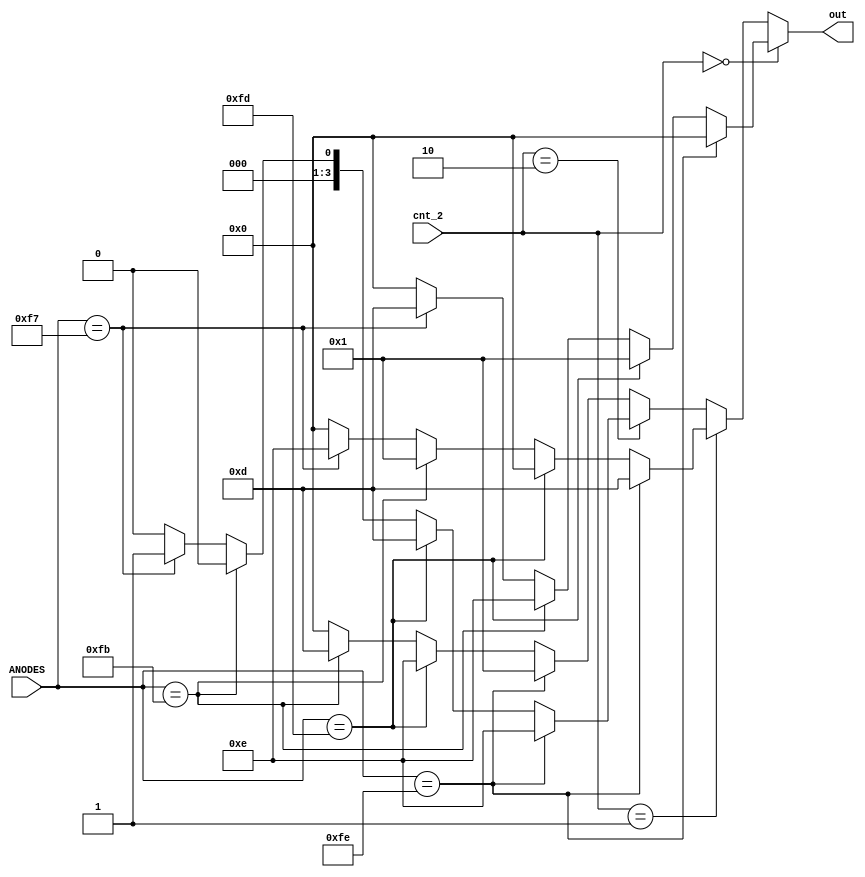
`timescale 1ns / 1ps

module decoder(ANODES, cnt_2, out);
    
    input  [7:0] ANODES;
    input  [1:0] cnt_2;
    output reg [3:0] out;


always@(*)
begin                   
    if(cnt_2 == 2'b00)
    begin
        out    =        (ANODES == 8'b11111110) ? 4'b0000:
                        (ANODES == 8'b11111101) ? 4'b0001:
                        (ANODES == 8'b11111011) ? 4'b1110:
                        (ANODES == 8'b11110111) ? 4'b1101:
                        4'b0000;
    end
    else if(cnt_2 == 2'b01)
    begin
        out    =        (ANODES == 8'b11111110) ? 4'b1101:
                        (ANODES == 8'b11111101) ? 4'b0000:
                        (ANODES == 8'b11111011) ? 4'b0001:
                        (ANODES == 8'b11110111) ? 4'b1110:
                        4'b0000;
    end
    else if(cnt_2 == 2'b10) 
    begin
        out    =        (ANODES == 8'b11111110) ? 4'b1110:
                        (ANODES == 8'b11111101) ? 4'b1101:
                        (ANODES == 8'b11111011) ? 4'b0000:
                        (ANODES == 8'b11110111) ? 4'b0001:
                        4'b0000;
    end      
    else
    begin
        out    =        (ANODES == 8'b11111110) ? 4'b0001:
                        (ANODES == 8'b11111101) ? 4'b1110:
                        (ANODES == 8'b11111011) ? 4'b1101:
                        (ANODES == 8'b11110111) ? 4'b0000:
                        4'b0000;
    end
end
endmodule